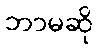
ဘာမဆို